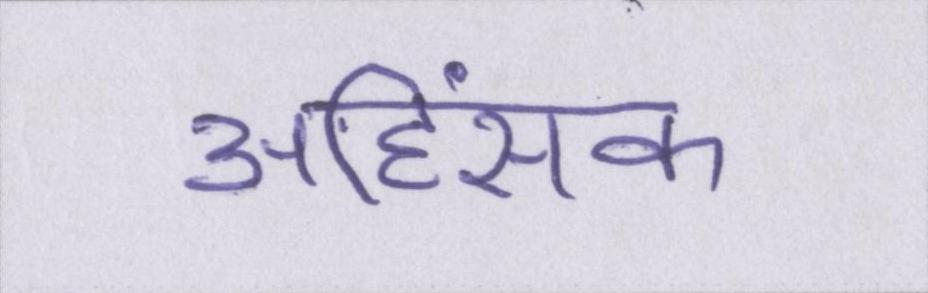
अहिंसक